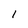
Character: 1